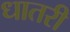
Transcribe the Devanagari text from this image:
धातरी